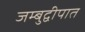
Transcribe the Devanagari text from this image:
जम्बुद्वीपात